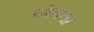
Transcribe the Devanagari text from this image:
गेछाला